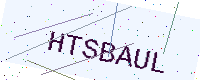
Text: HTSBAUL